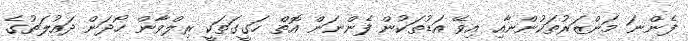
ފެންނަ މަންޒަރުތަކުންނާއި އިވޭ އަޑުތަކުން ފެންނަން އޮތް ހަގީގަތަކީ ރިލްވާން ހޯދަން ދައުލަތުގެ